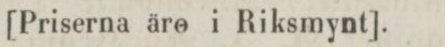
[Priserna äre i Riksmynt].